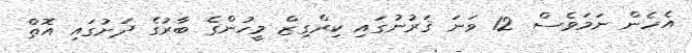
އެހެން ނަމަވެސް 12 ވަނަ ޤަރުނުގައި ކިރްގިޒް މީހުންގެ ބާރުގެ ދަށުގައި އޮތް